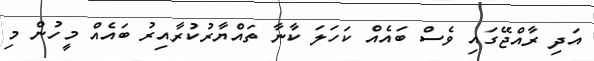
އަދި ރާއްޖޭގައި ވެސް ބައެއް ކަހަލަ ކާނާ ތައްޔާރުކުރާއިރު ބައެއް މީހުން މި